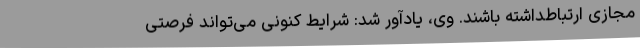
مجازی ارتباطداشته باشند. وی، یادآور شد: شرایط کنونی می‌تواند فرصتی